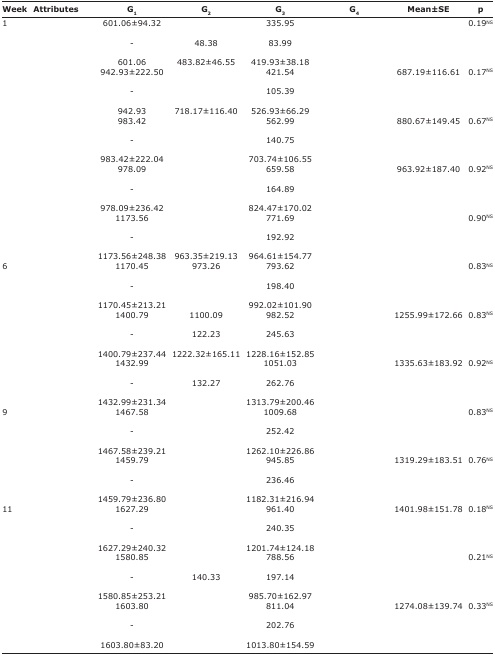
<table><thead><tr><td><b>Week</b></td><td><b>Attributes</b></td><td><b>G<sub>1</sub></b></td><td><b>G<sub>2</sub></b></td><td><b>G<sub>3</sub></b></td><td><b>G<sub>4</sub></b></td><td><b>Mean±SE</b></td><td><b>p</b></td></tr></thead><tbody><tr><td>1</td><td>[EMPTY_CELL]</td><td>601.06±94.32</td><td>[EMPTY_CELL]</td><td>335.95</td><td>[EMPTY_CELL]</td><td>[EMPTY_CELL]</td><td>0.19<sup>NS</sup></td></tr><tr><td>[EMPTY_CELL]</td><td>[EMPTY_CELL]</td><td>-</td><td>48.38</td><td>83.99</td><td>[EMPTY_CELL]</td><td>[EMPTY_CELL]</td><td>[EMPTY_CELL]</td></tr><tr><td>[EMPTY_CELL]</td><td>[EMPTY_CELL]</td><td>601.06</td><td>483.82±46.55</td><td>419.93±38.18</td><td>[EMPTY_CELL]</td><td>[EMPTY_CELL]</td><td>[EMPTY_CELL]</td></tr><tr><td>[EMPTY_CELL]</td><td>[EMPTY_CELL]</td><td>942.93±222.50</td><td>[EMPTY_CELL]</td><td>421.54</td><td>[EMPTY_CELL]</td><td>687.19±116.61</td><td>0.17<sup>NS</sup></td></tr><tr><td>[EMPTY_CELL]</td><td>[EMPTY_CELL]</td><td>-</td><td>[EMPTY_CELL]</td><td>105.39</td><td>[EMPTY_CELL]</td><td>[EMPTY_CELL]</td><td>[EMPTY_CELL]</td></tr><tr><td>[EMPTY_CELL]</td><td>[EMPTY_CELL]</td><td>942.93</td><td>718.17±116.40</td><td>526.93±66.29</td><td>[EMPTY_CELL]</td><td>[EMPTY_CELL]</td><td>[EMPTY_CELL]</td></tr><tr><td>[EMPTY_CELL]</td><td>[EMPTY_CELL]</td><td>983.42</td><td>[EMPTY_CELL]</td><td>562.99</td><td>[EMPTY_CELL]</td><td>880.67±149.45</td><td>0.67<sup>NS</sup></td></tr><tr><td>[EMPTY_CELL]</td><td>[EMPTY_CELL]</td><td>-</td><td>[EMPTY_CELL]</td><td>140.75</td><td>[EMPTY_CELL]</td><td>[EMPTY_CELL]</td><td>[EMPTY_CELL]</td></tr><tr><td>[EMPTY_CELL]</td><td>[EMPTY_CELL]</td><td>983.42±222.04</td><td>[EMPTY_CELL]</td><td>703.74±106.55</td><td>[EMPTY_CELL]</td><td>[EMPTY_CELL]</td><td>[EMPTY_CELL]</td></tr><tr><td>[EMPTY_CELL]</td><td>[EMPTY_CELL]</td><td>978.09</td><td>[EMPTY_CELL]</td><td>659.58</td><td>[EMPTY_CELL]</td><td>963.92±187.40</td><td>0.92<sup>NS</sup></td></tr><tr><td>[EMPTY_CELL]</td><td>[EMPTY_CELL]</td><td>-</td><td>[EMPTY_CELL]</td><td>164.89</td><td>[EMPTY_CELL]</td><td>[EMPTY_CELL]</td><td>[EMPTY_CELL]</td></tr><tr><td>[EMPTY_CELL]</td><td>[EMPTY_CELL]</td><td>978.09±236.42</td><td>[EMPTY_CELL]</td><td>824.47±170.02</td><td>[EMPTY_CELL]</td><td>[EMPTY_CELL]</td><td>[EMPTY_CELL]</td></tr><tr><td>[EMPTY_CELL]</td><td>[EMPTY_CELL]</td><td>1173.56</td><td>[EMPTY_CELL]</td><td>771.69</td><td>[EMPTY_CELL]</td><td>[EMPTY_CELL]</td><td>0.90<sup>NS</sup></td></tr><tr><td>[EMPTY_CELL]</td><td>[EMPTY_CELL]</td><td>-</td><td>[EMPTY_CELL]</td><td>192.92</td><td>[EMPTY_CELL]</td><td>[EMPTY_CELL]</td><td>[EMPTY_CELL]</td></tr><tr><td>[EMPTY_CELL]</td><td>[EMPTY_CELL]</td><td>1173.56±248.38</td><td>963.35±219.13</td><td>964.61±154.77</td><td>[EMPTY_CELL]</td><td>[EMPTY_CELL]</td><td>[EMPTY_CELL]</td></tr><tr><td>6</td><td>[EMPTY_CELL]</td><td>1170.45</td><td>973.26</td><td>793.62</td><td>[EMPTY_CELL]</td><td>[EMPTY_CELL]</td><td>0.83<sup>NS</sup></td></tr><tr><td>[EMPTY_CELL]</td><td>[EMPTY_CELL]</td><td>-</td><td>[EMPTY_CELL]</td><td>198.40</td><td>[EMPTY_CELL]</td><td>[EMPTY_CELL]</td><td>[EMPTY_CELL]</td></tr><tr><td>[EMPTY_CELL]</td><td>[EMPTY_CELL]</td><td>1170.45±213.21</td><td>[EMPTY_CELL]</td><td>992.02±101.90</td><td>[EMPTY_CELL]</td><td>[EMPTY_CELL]</td><td>[EMPTY_CELL]</td></tr><tr><td>[EMPTY_CELL]</td><td>[EMPTY_CELL]</td><td>1400.79</td><td>1100.09</td><td>982.52</td><td>[EMPTY_CELL]</td><td>1255.99±172.66</td><td>0.83<sup>NS</sup></td></tr><tr><td>[EMPTY_CELL]</td><td>[EMPTY_CELL]</td><td>-</td><td>122.23</td><td>245.63</td><td>[EMPTY_CELL]</td><td>[EMPTY_CELL]</td><td>[EMPTY_CELL]</td></tr><tr><td>[EMPTY_CELL]</td><td>[EMPTY_CELL]</td><td>1400.79±237.44</td><td>1222.32±165.11</td><td>1228.16±152.85</td><td>[EMPTY_CELL]</td><td>[EMPTY_CELL]</td><td>[EMPTY_CELL]</td></tr><tr><td>[EMPTY_CELL]</td><td>[EMPTY_CELL]</td><td>1432.99</td><td>[EMPTY_CELL]</td><td>1051.03</td><td>[EMPTY_CELL]</td><td>1335.63±183.92</td><td>0.92<sup>NS</sup></td></tr><tr><td>[EMPTY_CELL]</td><td>[EMPTY_CELL]</td><td>-</td><td>132.27</td><td>262.76</td><td>[EMPTY_CELL]</td><td>[EMPTY_CELL]</td><td>[EMPTY_CELL]</td></tr><tr><td>[EMPTY_CELL]</td><td>[EMPTY_CELL]</td><td>1432.99±231.34</td><td>[EMPTY_CELL]</td><td>1313.79±200.46</td><td>[EMPTY_CELL]</td><td>[EMPTY_CELL]</td><td>[EMPTY_CELL]</td></tr><tr><td>9</td><td>[EMPTY_CELL]</td><td>1467.58</td><td>[EMPTY_CELL]</td><td>1009.68</td><td>[EMPTY_CELL]</td><td>[EMPTY_CELL]</td><td>0.83<sup>NS</sup></td></tr><tr><td>[EMPTY_CELL]</td><td>[EMPTY_CELL]</td><td>-</td><td>[EMPTY_CELL]</td><td>252.42</td><td>[EMPTY_CELL]</td><td>[EMPTY_CELL]</td><td>[EMPTY_CELL]</td></tr><tr><td>[EMPTY_CELL]</td><td>[EMPTY_CELL]</td><td>1467.58±239.21</td><td>[EMPTY_CELL]</td><td>1262.10±226.86</td><td>[EMPTY_CELL]</td><td>[EMPTY_CELL]</td><td>[EMPTY_CELL]</td></tr><tr><td>[EMPTY_CELL]</td><td>[EMPTY_CELL]</td><td>1459.79</td><td>[EMPTY_CELL]</td><td>945.85</td><td>[EMPTY_CELL]</td><td>1319.29±183.51</td><td>0.76<sup>NS</sup></td></tr><tr><td>[EMPTY_CELL]</td><td>[EMPTY_CELL]</td><td>-</td><td>[EMPTY_CELL]</td><td>236.46</td><td>[EMPTY_CELL]</td><td>[EMPTY_CELL]</td><td>[EMPTY_CELL]</td></tr><tr><td>[EMPTY_CELL]</td><td>[EMPTY_CELL]</td><td>1459.79±236.80</td><td>[EMPTY_CELL]</td><td>1182.31±216.94</td><td>[EMPTY_CELL]</td><td>[EMPTY_CELL]</td><td>[EMPTY_CELL]</td></tr><tr><td>11</td><td>[EMPTY_CELL]</td><td>1627.29</td><td>[EMPTY_CELL]</td><td>961.40</td><td>[EMPTY_CELL]</td><td>1401.98±151.78</td><td>0.18<sup>NS</sup></td></tr><tr><td>[EMPTY_CELL]</td><td>[EMPTY_CELL]</td><td>-</td><td>[EMPTY_CELL]</td><td>240.35</td><td>[EMPTY_CELL]</td><td>[EMPTY_CELL]</td><td>[EMPTY_CELL]</td></tr><tr><td>[EMPTY_CELL]</td><td>[EMPTY_CELL]</td><td>1627.29±240.32</td><td>[EMPTY_CELL]</td><td>1201.74±124.18</td><td>[EMPTY_CELL]</td><td>[EMPTY_CELL]</td><td>[EMPTY_CELL]</td></tr><tr><td>[EMPTY_CELL]</td><td>[EMPTY_CELL]</td><td>1580.85</td><td>[EMPTY_CELL]</td><td>788.56</td><td>[EMPTY_CELL]</td><td>[EMPTY_CELL]</td><td>0.21<sup>NS</sup></td></tr><tr><td>[EMPTY_CELL]</td><td>[EMPTY_CELL]</td><td>-</td><td>140.33</td><td>197.14</td><td>[EMPTY_CELL]</td><td>[EMPTY_CELL]</td><td>[EMPTY_CELL]</td></tr><tr><td>[EMPTY_CELL]</td><td>[EMPTY_CELL]</td><td>1580.85±253.21</td><td>[EMPTY_CELL]</td><td>985.70±162.97</td><td>[EMPTY_CELL]</td><td>[EMPTY_CELL]</td><td>[EMPTY_CELL]</td></tr><tr><td>[EMPTY_CELL]</td><td>[EMPTY_CELL]</td><td>1603.80</td><td>[EMPTY_CELL]</td><td>811.04</td><td>[EMPTY_CELL]</td><td>1274.08±139.74</td><td>0.33<sup>NS</sup></td></tr><tr><td>[EMPTY_CELL]</td><td>[EMPTY_CELL]</td><td>-</td><td>[EMPTY_CELL]</td><td>202.76</td><td>[EMPTY_CELL]</td><td>[EMPTY_CELL]</td><td>[EMPTY_CELL]</td></tr><tr><td>[EMPTY_CELL]</td><td>[EMPTY_CELL]</td><td>1603.80±83.20</td><td>[EMPTY_CELL]</td><td>1013.80±154.59</td><td>[EMPTY_CELL]</td><td>[EMPTY_CELL]</td><td>[EMPTY_CELL]</td></tr></tbody></table>